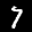
Label: 7